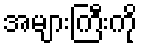
အများကြီးကို